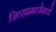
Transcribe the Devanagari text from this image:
जिल्ह्यामध्येमध्ये